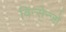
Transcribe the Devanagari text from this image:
विन्सेन्ज़ो